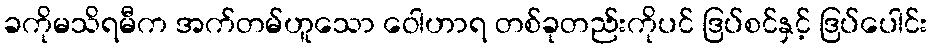
ခကိုမသိရမီက အက်တမ်ဟူသော ဝေါဟာရ တစ်ခုတည်းကိုပင် ဒြပ်စင်နှင့် ဒြပ်ပေါင်း